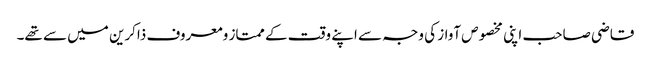
قاضی صاحب اپنی مخصوص آواز کی وجہ سے اپنے وقت کے ممتاز ومعروف ذاکرین میں سے تھے۔